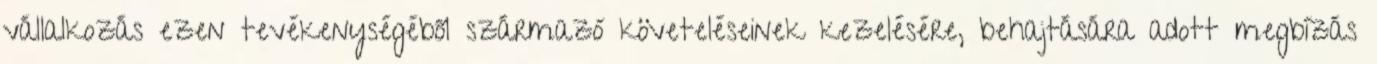
vállalkozás ezen tevékenységéből származó követeléseinek kezelésére, behajtására adott megbízás